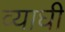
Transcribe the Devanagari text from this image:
व्याघी